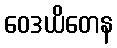
ဝေဒယိတေန